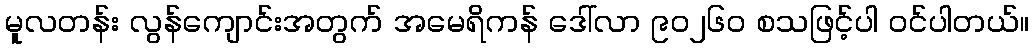
မူလတန်း လွန်ကျောင်းအတွက် အမေရိကန် ဒေါ်လာ ၉ဝ၂၆ဝ စသဖြင့်ပါ ဝင်ပါတယ်။